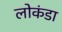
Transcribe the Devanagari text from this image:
लोकंडा